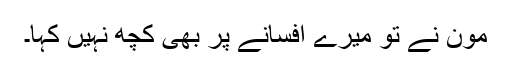
مون نے تو میرے افسانے پر بھی کچھ نہیں کہا۔